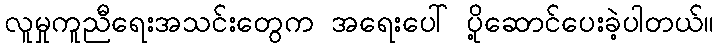
လူမှုကူညီရေးအသင်းတွေက အရေးပေါ် ပို့ဆောင်ပေးခဲ့ပါတယ်။